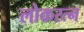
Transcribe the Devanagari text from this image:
लोकरत्न